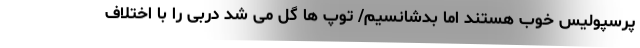
پرسپولیس خوب هستند اما بدشانسیم/ توپ ها گل می شد دربی را با اختلاف